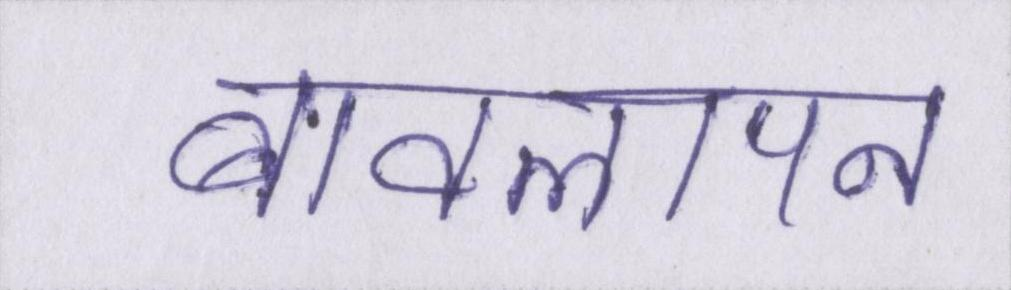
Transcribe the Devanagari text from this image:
बावलापन